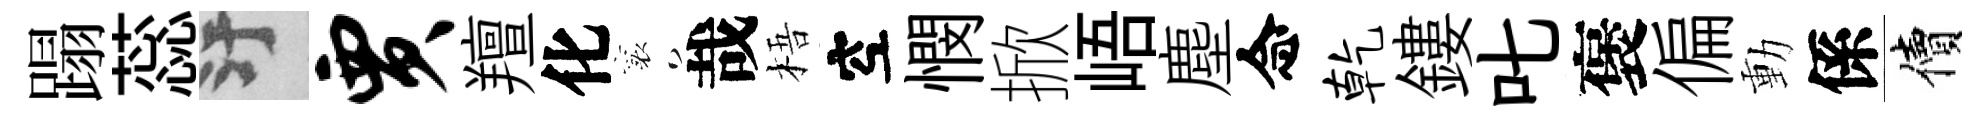
蹋蕊污贾羶化襄哉梧空憫掀峿塵念乾鏤叱褒偏動係價